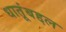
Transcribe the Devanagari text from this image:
धातूंबद्दल